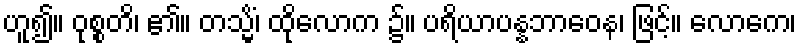
ဟူ၍။ ဝုစ္စတိ၊ ၏။ တသ္မိံ၊ ထိုလောက ၌။ ပရိယာပန္နဘာဝေန၊ ဖြင့်။ လောကေ၊